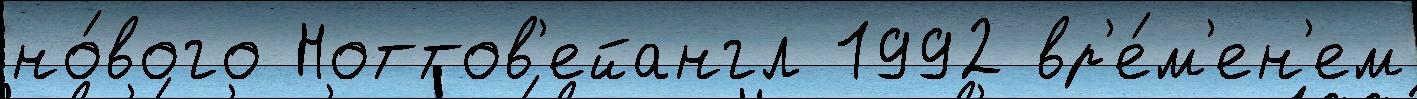
но́вого Ноттов'ейангл 1992 вр'е́м'ен'ем